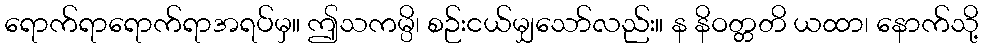
ရောက်ရာရောက်ရာအရပ်မှ။ ဤသကမ္ပိ၊ စဉ်းငယ်မျှသော်လည်း။ န နိဝတ္တတိ ယထာ၊ နောက်သို့